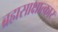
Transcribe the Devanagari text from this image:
ब्रह्मसाक्षात्कार